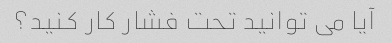
آیا می توانید تحت فشار کار کنید؟